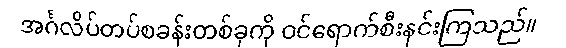
အင်္ဂလိပ်တပ်စခန်းတစ်ခုကို ဝင်ရောက်စီးနင်းကြသည်။